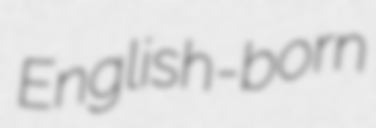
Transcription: English-born